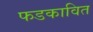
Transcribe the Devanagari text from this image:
फडकावित